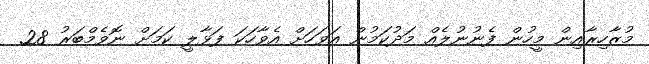
މުޒާހިރާއިން މީހުން ފެނުނުލެއް މަދުކަމުން އަވަހަށް އެވާހަކަ ފަޅާލީ ކަމަށް ނޮވެމްބަރު 28